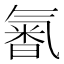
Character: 𣱩